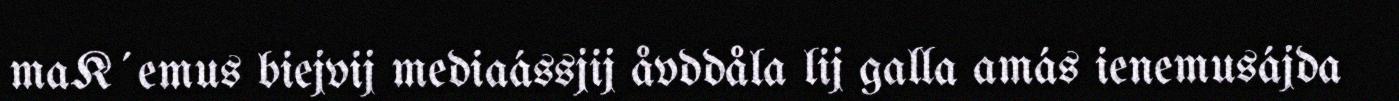
maK´emus biejvij mediaássjij åvddåla lij galla amás ienemusájda